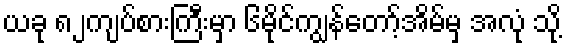
ယခု ၈၂ကျပ်စားကြီးမှာ ၆မိုင်ကျွန်တော့်အိမ်မှ အလုံ သို့